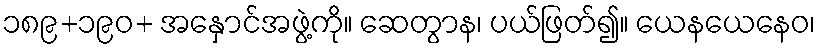
၁၈၉+၁၉၀+ အနှောင်အဖွဲ့ကို။ ဆေတွာန၊ ပယ်ဖြတ်၍။ ယေနယေနေဝ၊